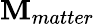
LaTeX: \mathbf{M}_{matter}